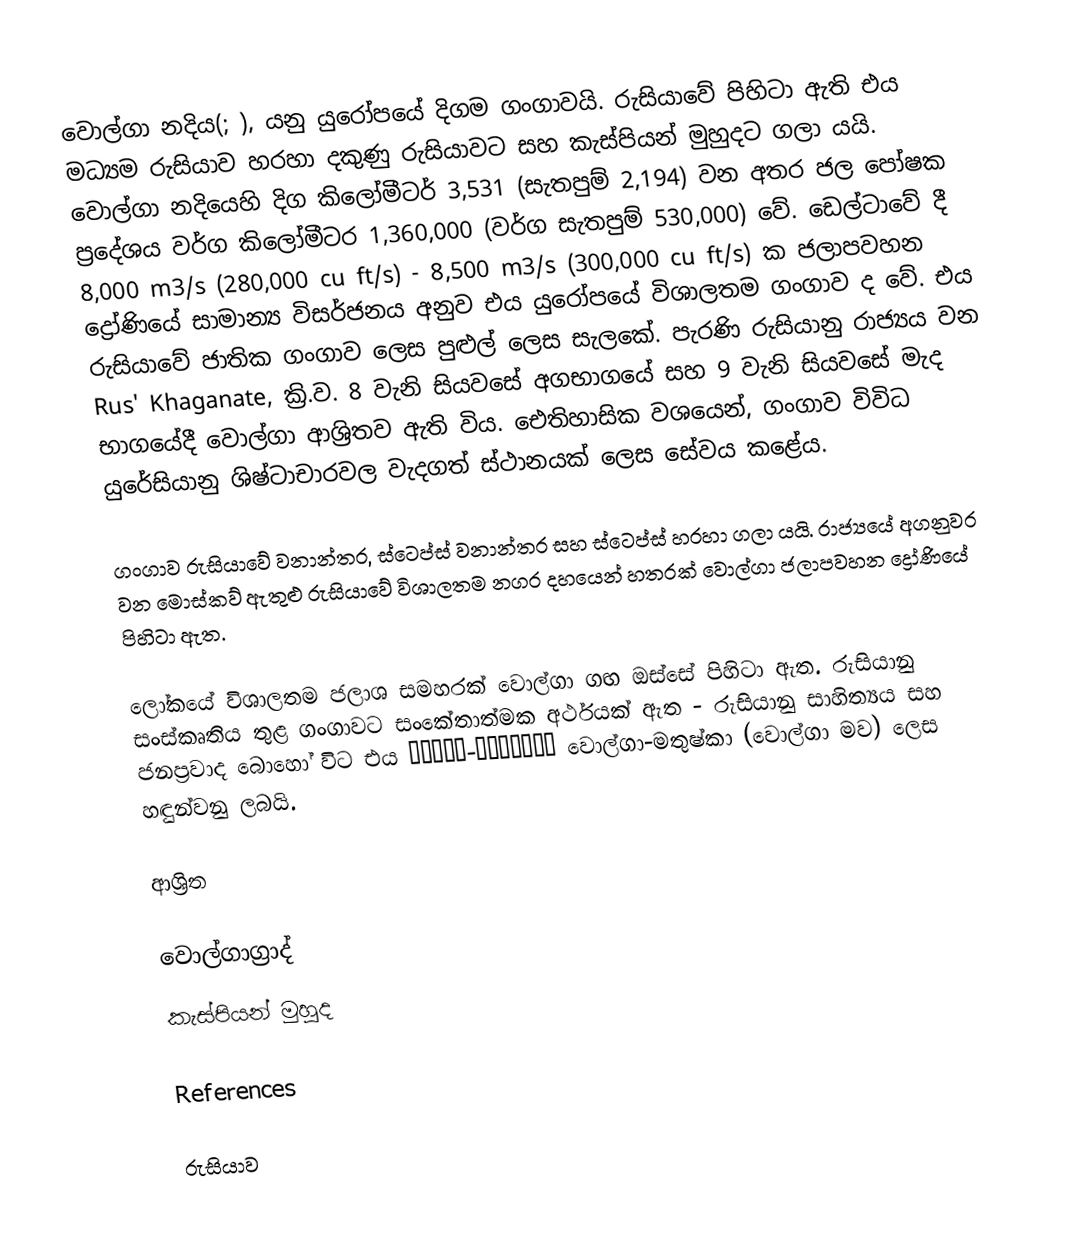
වොල්ගා නදිය(; ), යනු යුරෝපයේ දිගම ගංගාවයි. රුසියාවේ පිහිටා ඇති එය මධ්‍යම රුසියාව හරහා දකුණු රුසියාවට සහ කැස්පියන් මුහුදට ගලා යයි. වොල්ගා නදියෙහි දිග කිලෝමීටර් 3,531 (සැතපුම් 2,194) වන අතර ජල පෝෂක ප්‍රදේශය වර්ග කිලෝමීටර 1,360,000 (වර්ග සැතපුම් 530,000) වේ. ඩෙල්ටාවේ දී 8,000 m3/s (280,000 cu ft/s) - 8,500 m3/s (300,000 cu ft/s) ක ජලාපවහන ද්‍රෝණියේ සාමාන්‍ය විසර්ජනය අනුව එය යුරෝපයේ විශාලතම ගංගාව ද වේ. එය රුසියාවේ ජාතික ගංගාව ලෙස පුළුල් ලෙස සැලකේ. පැරණි රුසියානු රාජ්‍යය වන Rus' Khaganate, ක්‍රි.ව. 8 වැනි සියවසේ අගභාගයේ සහ 9 වැනි සියවසේ මැද භාගයේදී වොල්ගා ආශ්‍රිතව ඇති විය. ඓතිහාසික වශයෙන්, ගංගාව විවිධ යුරේසියානු ශිෂ්ටාචාරවල වැදගත් ස්ථානයක් ලෙස සේවය කළේය.

ගංගාව රුසියාවේ වනාන්තර, ස්ටෙප්ස් වනාන්තර සහ ස්ටෙප්ස් හරහා ගලා යයි. රාජ්‍යයේ අගනුවර වන මොස්කව් ඇතුළු රුසියාවේ විශාලතම නගර දහයෙන් හතරක් වොල්ගා ජලාපවහන ද්‍රෝණියේ පිහිටා ඇත.

ලෝකයේ විශාලතම ජලාශ සමහරක් වොල්ගා ගඟ ඔස්සේ පිහිටා ඇත. රුසියානු සංස්කෘතිය තුළ ගංගාවට සංකේතාත්මක අර්ථයක් ඇත - රුසියානු සාහිත්‍යය සහ ජනප්‍රවාද බොහෝ විට එය Волга-матушка වොල්ගා-මතුෂ්කා (වොල්ගා මව) ලෙස හඳුන්වනු ලබයි.

ආශ්‍රිත

 වොල්ගාග්‍රාද්
 කැස්පියන් මුහුද

References

රුසියාව